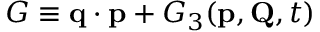
G \equiv \mathbf { q } \cdot \mathbf { p } + G _ { 3 } ( \mathbf { p } , \mathbf { Q } , t )